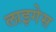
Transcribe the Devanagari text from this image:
लाइगेस